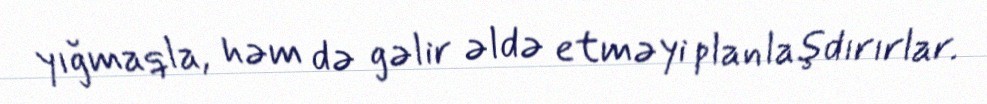
yığmaqla, həm də gəlir əldə etməyi planlaşdırırlar.